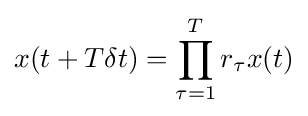
x(t+T\delta t)=\prod _{\tau =1}^{T}r_{\tau }x(t)